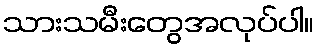
သားသမီးတွေအလုပ်ပါ။